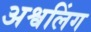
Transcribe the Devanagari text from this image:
अश्वलिंग